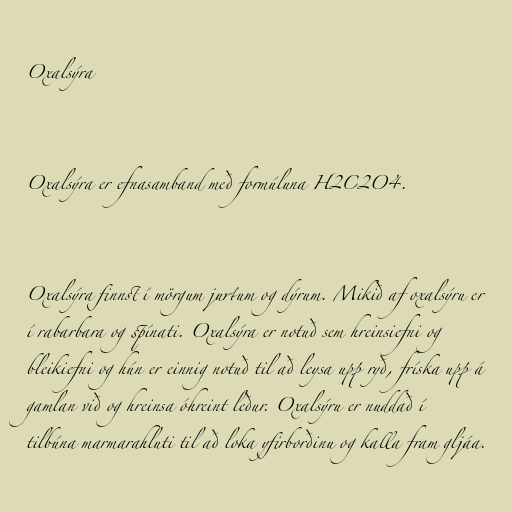
Oxalsýra

Oxalsýra er efnasamband með formúluna H2C2O4.

Oxalsýra finnst í mörgum jurtum og dýrum. Mikið af oxalsýru er
í rabarbara og spínati. Oxalsýra er notuð sem hreinsiefni og
bleikiefni og hún er einnig notuð til að leysa upp ryð, fríska upp á
gamlan við og hreinsa óhreint leður. Oxalsýru er nuddað í
tilbúna marmarahluti til að loka yfirborðinu og kalla fram gljáa.